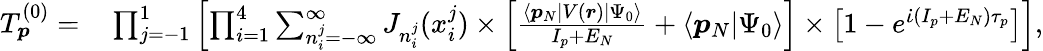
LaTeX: \begin{array}{rl}{T_{\boldsymbol{p}}^{(0)}=}&{{}\prod_{\substack{j=-1}}^{1}\left[\prod_{\substack{i=1}}^{4}\sum_{n_{i}^{j}=-\infty}^{\infty}J_{n_{i}^{j}}(x_{i}^{j})\times\left[\frac{\langle\boldsymbol{p}_{N}|V(\boldsymbol{r})|\Psi_{0}\rangle}{I_{p}+E_{N}}+\langle\boldsymbol{p}_{N}|\Psi_{0}\rangle\right]\times\left[1-e^{\dot{\iota}(I_{p}+E_{N})\tau_{p}}\right]\right],}\end{array}